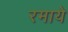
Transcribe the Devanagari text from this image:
रमाये